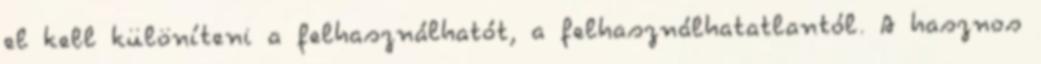
el kell különíteni a felhasználhatót, a felhasználhatatlantól. A hasznos